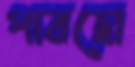
পারছো